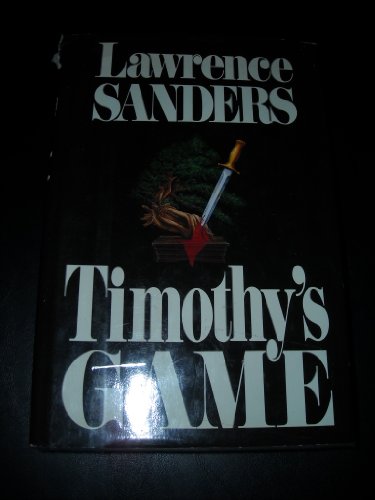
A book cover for Timothy's Game; Lawrence Sanders; Mystery, Thriller & Suspense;